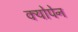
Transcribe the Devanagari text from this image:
क्योपेन